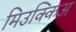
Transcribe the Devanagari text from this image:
मिउक्किअ